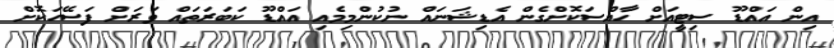
އިން އައްޑޫ ސިޓީއަށް ހާއްސަކޮށްގެން އެޑިޝަނައް ނުކުންމިމެއި އައްޑޫ ކަބަރަތައް ވަރަށް ފަސޭހަކޮށް